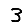
Digit: 3